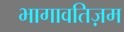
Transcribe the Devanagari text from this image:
भागावतिज़म